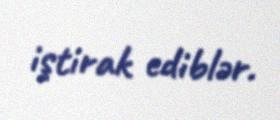
iştirak ediblər.